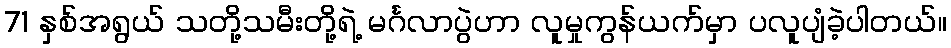
71 နှစ်အရွယ် သတို့သမီးတို့ရဲ့ မင်္ဂလာပွဲဟာ လူမှုကွန်ယက်မှာ ပလူပျံခဲ့ပါတယ်။